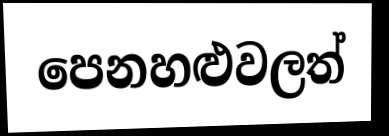
පෙනහළුවලත්